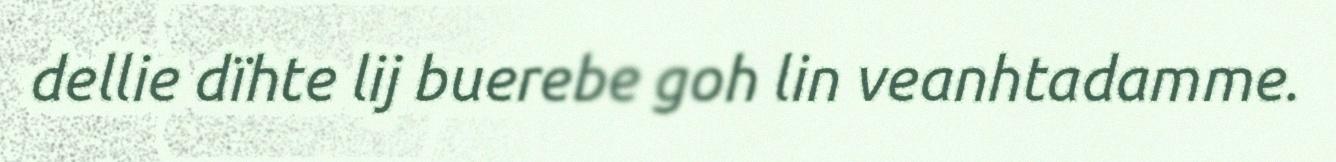
dellie dïhte lij buerebe goh lin veanhtadamme.